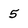
Character: 5